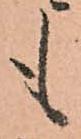
も